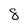
Character: 8